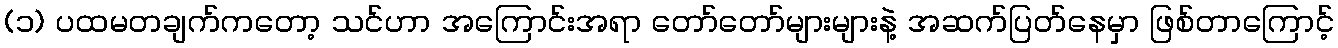
(၁) ပထမတချက်ကတော့ သင်ဟာ အကြောင်းအရာ တော်တော်များများနဲ့ အဆက်ပြတ်နေမှာ ဖြစ်တာကြောင့်